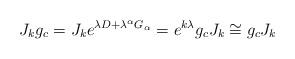
LaTeX: \begin{align*}J_{k}g_{c}=J_{k}e^{\lambda D+\lambda ^{\alpha }G_{\alpha }}=e^{k\lambda}g_{c}J_{k}\cong g_{c}J_{k}\end{align*}